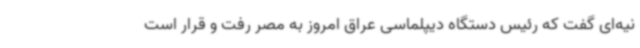
نیه‌ای گفت که رئیس دستگاه دیپلماسی عراق امروز به مصر رفت و قرار است